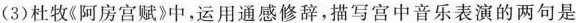
( 3 ) 杜牧《阿房宫赋》中，运用通感修辞，描写宫中音乐表演的两句是